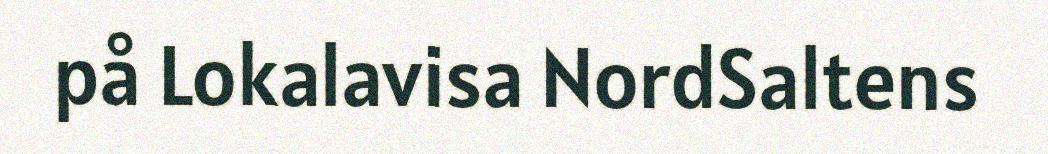
på Lokalavisa NordSaltens